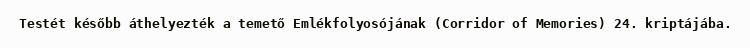
Testét később áthelyezték a temető Emlékfolyosójának (Corridor of Memories) 24. kriptájába.